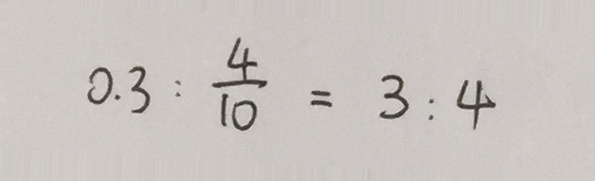
0 . 3 : \frac { 4 } { 1 0 } = 3 : 4